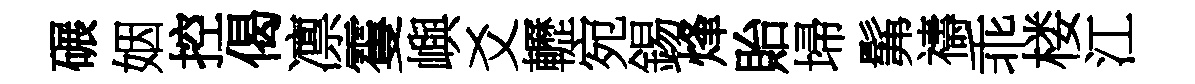
碾姻控偈凛䨥嶼爻轣宛錫烽貽埽髴禱乖楼江